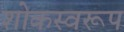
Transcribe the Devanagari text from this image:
शोकस्वरूप